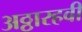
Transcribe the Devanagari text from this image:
अठ्ठारहवी